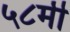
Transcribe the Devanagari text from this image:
५८मी